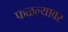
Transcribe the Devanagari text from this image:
फळल्यावर